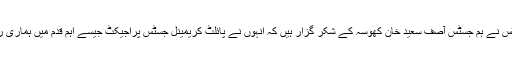
فاضل چیف جسٹس نے ہم جسٹس آصف سعید خان کھوسہ کے شکر گزار ہیں کہ انہوں نے پائلٹ کریمینل جسٹس پراجیکٹ جیسے اہم قدم میں ہماری رہنمائی فرمائی ۔